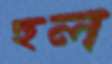
হুল